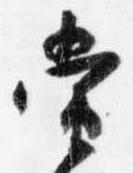
当